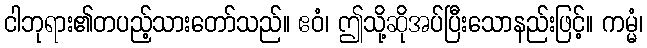
ငါဘုရား၏တပည့်သားတော်သည်။ ဧဝံ၊ ဤသို့ဆိုအပ်ပြီးသောနည်းဖြင့်။ ကမ္မံ၊